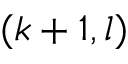
( k + 1 , l )